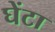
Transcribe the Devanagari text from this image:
घेंटा